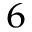
^ 6